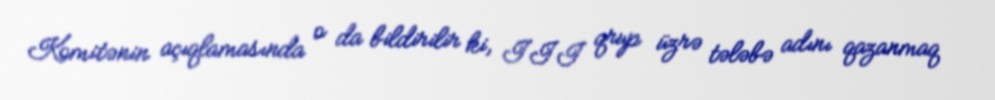
Komitənin açıqlamasında o da bildirilir ki, III qrup üzrə tələbə adını qazanmaq